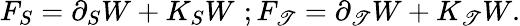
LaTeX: F_{S}=\partial_{S}W+K_{S}W\, \, ;F_{\mathscr{T}}=\partial_{\mathscr{T}}W+K_{\mathscr{T}}W.